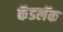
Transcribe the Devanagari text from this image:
कॅडलॅक